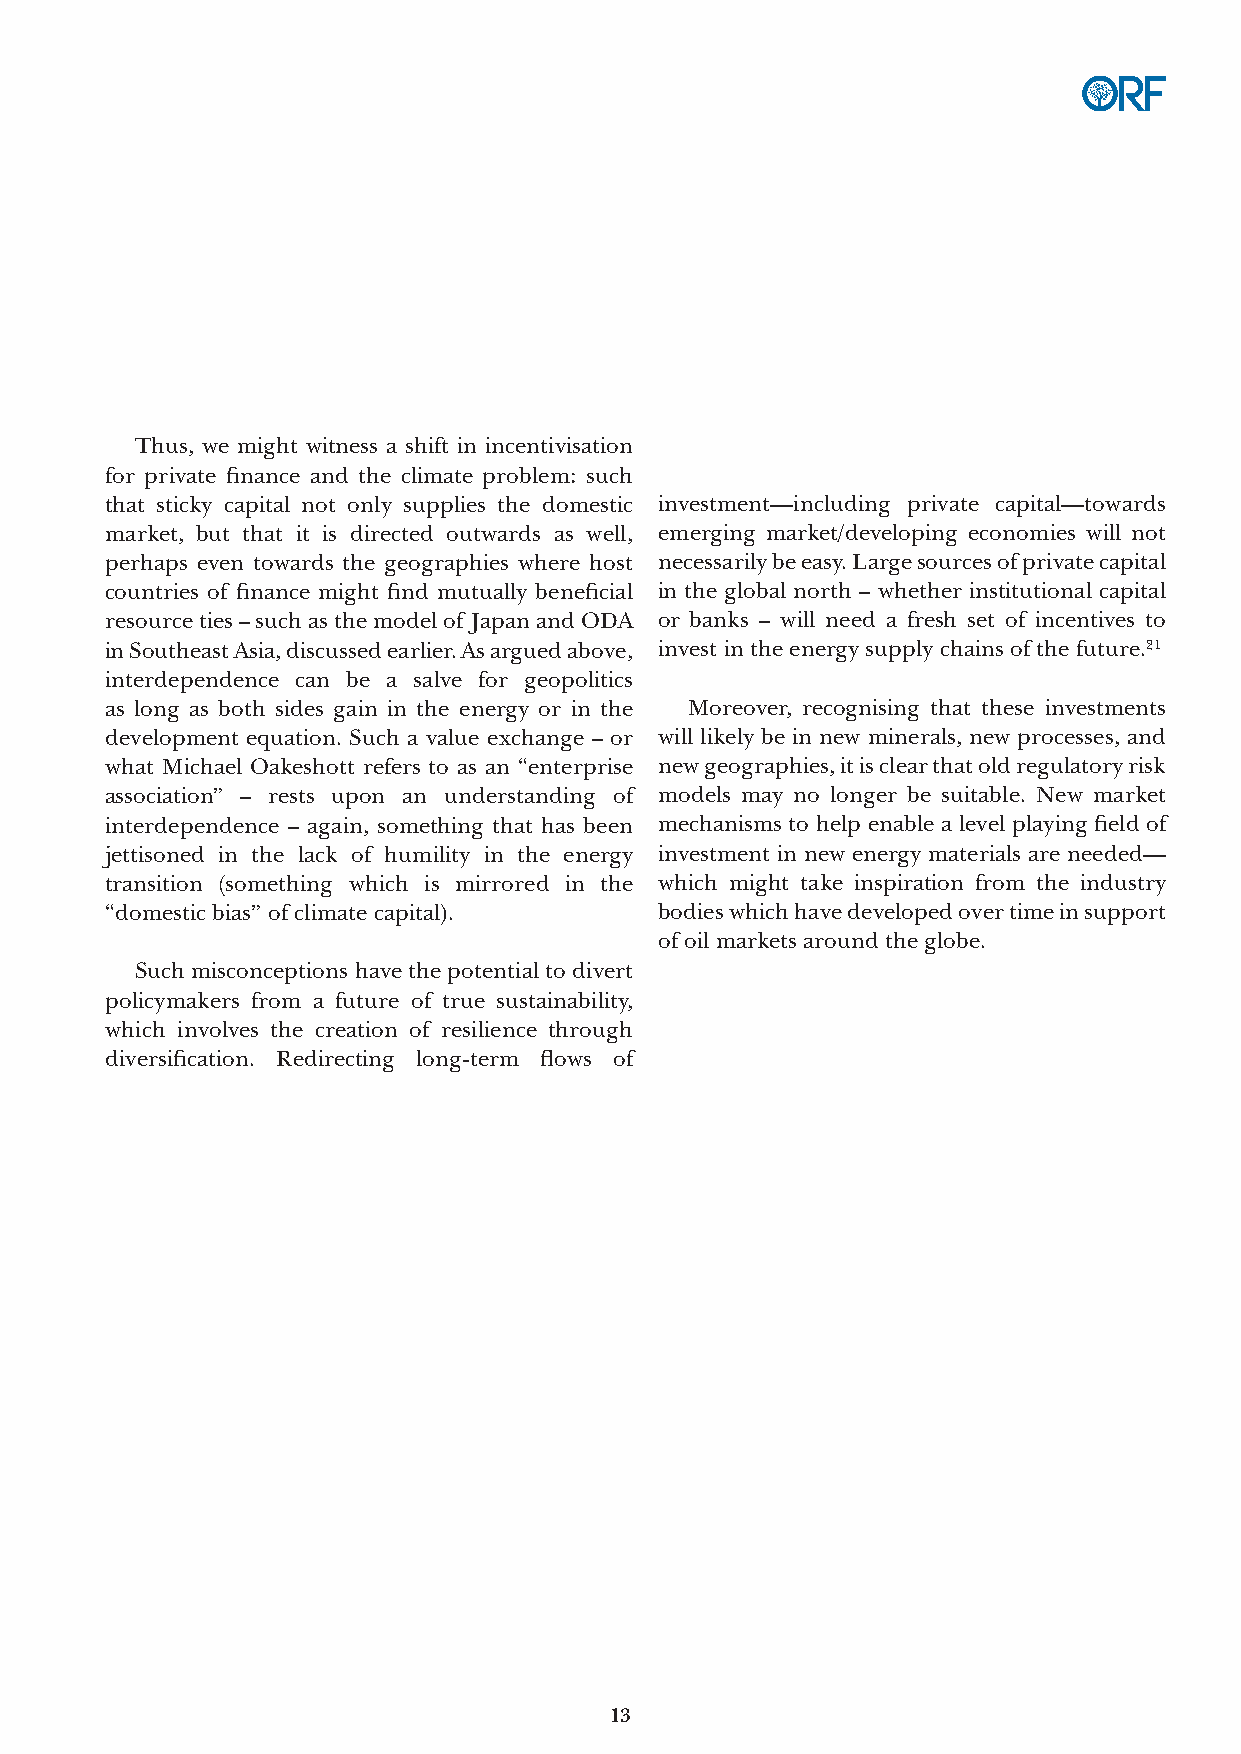
Thus, we might witness a shift in incentivisation
 for private finance and the climate problem: such
 that sticky capital not only supplies the domestic investment—including private capital—towards
 market, but that it is directed outwards as well, emerging market/developing economies will not
 perhaps even towards the geographies where host necessarily be easy. Large sources of private capital
 countries of finance might find mutually beneficial in the global north – whether institutional capital
 resource ties – such as the model of Japan and ODA or banks – will need a fresh set of incentives to
 in Southeast Asia, discussed earlier. As argued above, invest in the energy supply chains of the future.21
 interdependence can be a salve for geopolitics
 as long as both sides gain in the energy or in the Moreover, recognising that these investments
 development equation. Such a value exchange – or will likely be in new minerals, new processes, and
 what Michael Oakeshott refers to as an “enterprise new geographies, it is clear that old regulatory risk
 association” – rests upon an understanding of models may no longer be suitable. New market
 interdependence – again, something that has been mechanisms to help enable a level playing field of
 jettisoned in the lack of humility in the energy investment in new energy materials are needed—
 transition (something which is mirrored in the which might take inspiration from the industry
 “domestic bias” of climate capital). bodies which have developed over time in support
 of oil markets around the globe.
 Such misconceptions have the potential to divert
 policymakers from a future of true sustainability,
 which involves the creation of resilience through
 diversification. Redirecting long-term flows of
 13